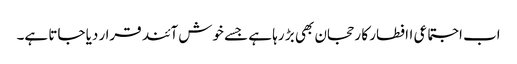
اب اجتماعی اافطار کا رحجان بھی بڑ رہا ہے جسے خوش آئند قرا ر دیا جاتا ہے۔